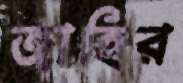
জাহির